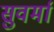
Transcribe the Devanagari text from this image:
सुवर्मा